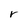
Character: r